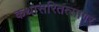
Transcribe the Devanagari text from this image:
कथासरितत्सागर